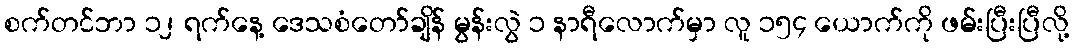
စက်တင်ဘာ ၁၂ ရက်နေ့ ဒေသစံတော်ချိန် မွန်းလွဲ ၁ နာရီလောက်မှာ လူ ၁၅၄ ယောက်ကို ဖမ်းပြီးပြီလို့